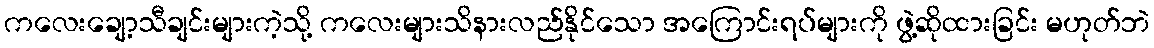
ကလေးချော့သီချင်းများကဲ့သို့ ကလေးများသိနားလည်နိုင်သော အကြောင်းရပ်များကို ဖွဲ့ဆိုထားခြင်း မဟုတ်ဘဲ